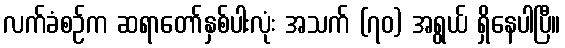
လက်ခံစဉ်က ဆရာတော်နှစ်ပါးလုံး အသက် (၇၀) အရွယ် ရှိနေပါပြီ။